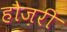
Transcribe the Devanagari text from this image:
हौज़री